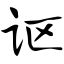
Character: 讴